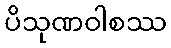
ပိသုဏဝါစဿ